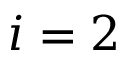
i = 2